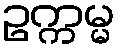
ဥက္ကမ္မ